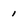
Character: 1